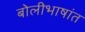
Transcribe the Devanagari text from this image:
बोलीभाषांत